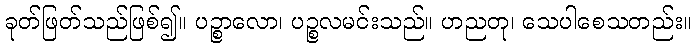
ခုတ်ဖြတ်သည်ဖြစ်၍။ ပဉ္စာလော၊ ပဉ္စလမင်းသည်။ ဟညတု၊ သေပါစေသတည်း။